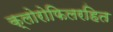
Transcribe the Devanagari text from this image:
क्लोरोफिलरहित